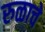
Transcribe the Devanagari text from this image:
रुळाचे